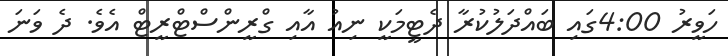
ހަވީރު 4:00ގައި ބައްދަލުކުރާ ދެޓީމަކީ ނިއު އާއި ގްރީންސްޓްރީޓް އެވެ. ދެ ވަނަ